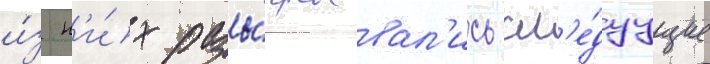
и́з н'и́х разы́грывал'ись сл'е́дуущие